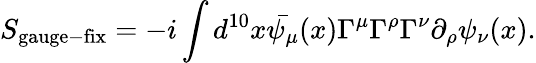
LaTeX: S_{\mathrm{gauge-fix}}=-i\int d^{10}x\bar{\psi_{\mu}}(x)\Gamma^{\mu}\Gamma^{\rho}\Gamma^{\nu}\partial_{\rho}\psi_{\nu}(x).